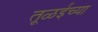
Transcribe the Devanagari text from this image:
तूळईच्या